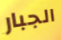
الجبار